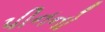
પીનનો